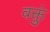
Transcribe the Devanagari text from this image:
वक्तुं